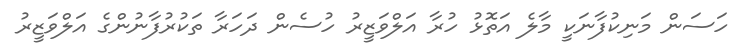
ހަސަން މަނިކުފާނަކީ މާލެ އަތޮޅު ހުރާ އަލްވަޒީރު ހުސެން ދަހަރާ ތަކުރުފާނުންގެ އަލްވަޒީރު